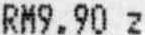
RM9.90 Z